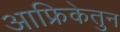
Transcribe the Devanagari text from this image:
आफ्रिकेतुन